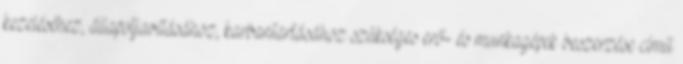
kezeléséhez, állapotjavításához, karbantartásához szükséges erő- és munkagépek beszerzése című